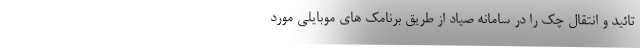
تائید و انتقال چک را در سامانه صیاد از طریق برنامک های موبایلی مورد